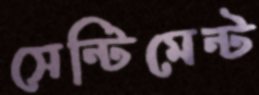
সেন্টিমেন্ট